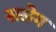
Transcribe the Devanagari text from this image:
सलेग